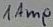
Text: 1Amp